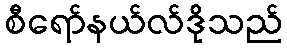
စီရော်နယ်လ်ဒိုသည်